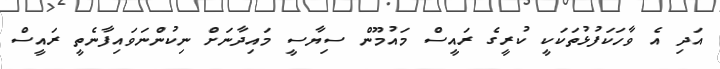
އަދި އެ ވާހަކަފުޅުތަކަކީ ކުރީގެ ރައީސް މައުމޫން ސިޔާސީ މައިދާނަށް ނިކުންނަވައިފާނެތީ ރައީސް